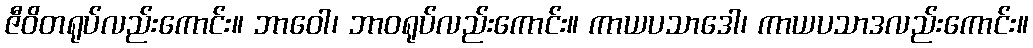
ဇီဝိတရုပ်လည်းကောင်း။ ဘာဝေါ၊ ဘာဝရုပ်လည်းကောင်း။ ကာယပသာဒေါ၊ ကာယပသာဒလည်းကောင်း။